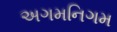
અગમનિગમ